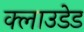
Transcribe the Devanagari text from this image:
क्लाउडेड